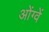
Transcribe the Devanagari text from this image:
ओंग्वें